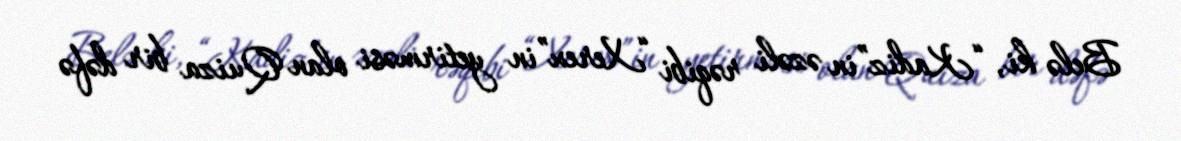
Belə ki, “Kadiz”in əzəli rəqibi “Xerex”in yetirməsi olan Quiza bir dəfə